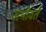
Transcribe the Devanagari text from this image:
अभीवर्त